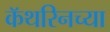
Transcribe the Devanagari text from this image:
कॅथरिनच्या